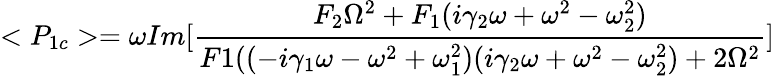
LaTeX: <P_{1c}>=\omega Im[\frac{F_{2}\Omega^{2}+F_{1}(i\gamma_{2}\omega+\omega^{2}-\omega_{2}^{2})}{F1((-i\gamma_{1}\omega-\omega^{2}+\omega_{1}^{2})(i\gamma_{2}\omega+\omega^{2}-\omega_{2}^{2})+2\Omega^{2}}]